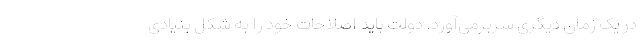
در یک زمان دیگری سربرمی‌آورد. دولت باید اصلاحات خود را به شکل بنیادی